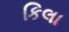
કિલા